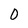
Character: 0